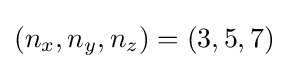
(n_{x},n_{y},n_{z})=(3,5,7)